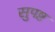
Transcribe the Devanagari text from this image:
सुपष्ट